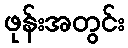
ဖုန်းအတွင်း